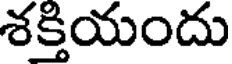
శక్తియందు